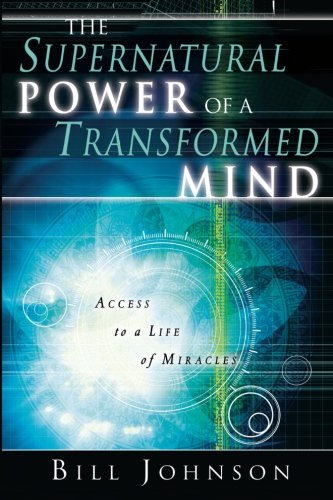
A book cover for Supernatural Power of the Transformed Mind; Bill Johnson; Christian Books & Bibles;